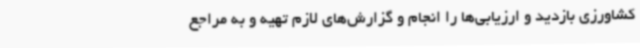
کشاورزی بازدید و ارزیابی‌ها را انجام و گزارش‌های لازم تهیه و به مراجع